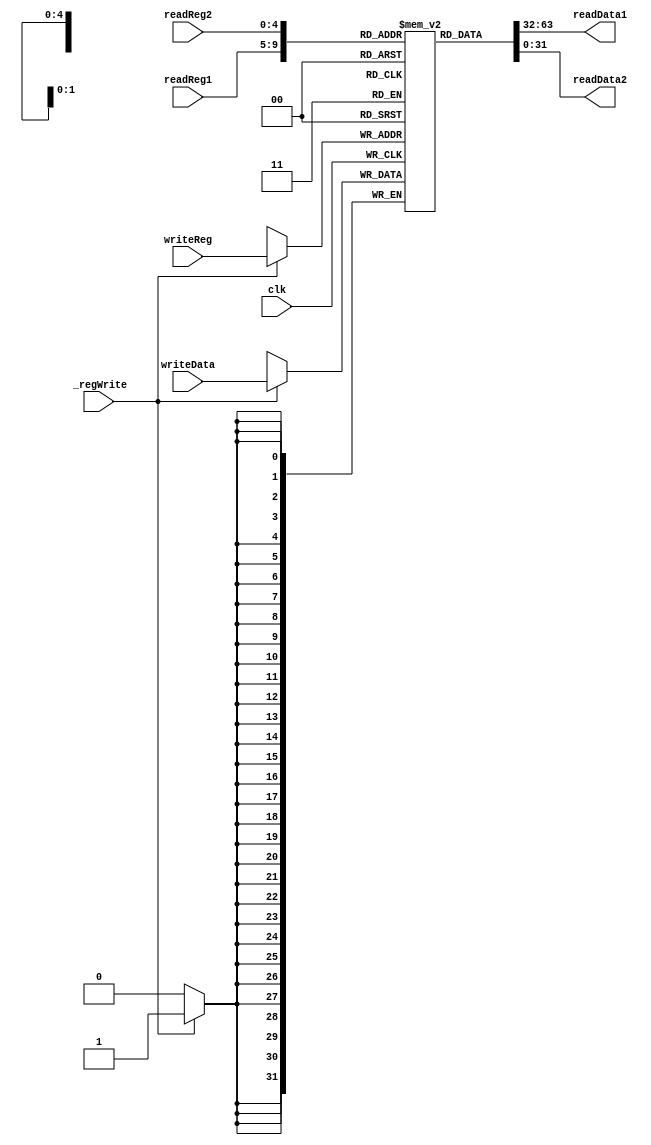
`ifndef MODULE_REGISTER
`define MODULE_REGISTER
`timescale 1ns / 1ps

module register (
	input			clk, _regWrite,
	input	[4:0]	readReg1, 
					readReg2,
					writeReg,
	input	[31:0]	writeData,
	output	[31:0]	readData1,readData2
	
);
	reg 	[31:0] 	regs [0:31];
	integer i;
	initial begin
		for(i = 0 ; i < 32;i = i+1) begin
			regs[i] = 32'b0;
		end
	end

	assign readData1 = regs[readReg1];
	assign readData2 = regs[readReg2];
	always @(posedge clk ) begin
		if(_regWrite == 1'b1) begin
			 regs[writeReg] <= writeData;
		end
	end

endmodule

`endif